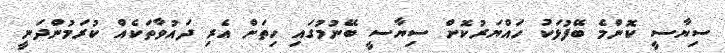
ސިޔާސީ ކޮންމެ ބޭފުޅަކު ހައްޔަރުކޮށް ސިޔާސީ ބޭނުމުގައި ހިތަށް އެރި ދައުވާތަކެއް ކުރަމުންދަނީ